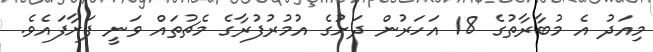
މިއަދު އެ މުބާރާތުގެ 18 އަހަރުން ދަށުގެ އުމުރުފުރާގެ މެޗުތައް ވަނީ ފަށާފައެވެ.